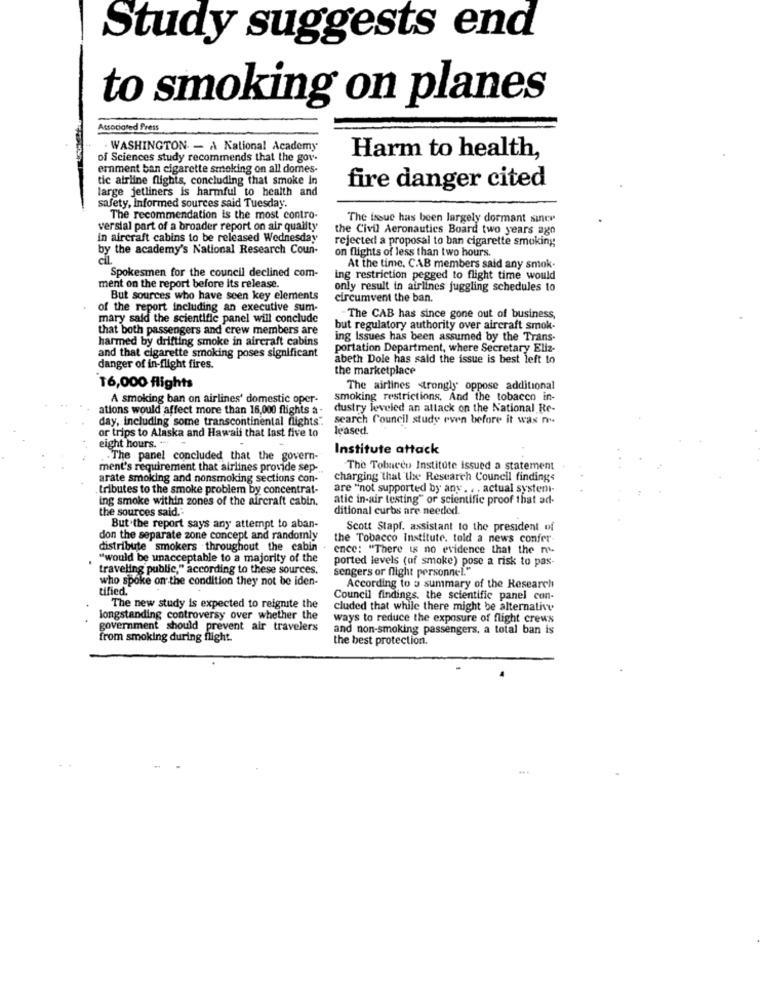
Study suggests end
to smoking on planes
Associated Press
- WASHINGTON - A National Academy
of Sciences study recommends that the gor-
Harm to health,
ernment ban cigarette smoking on all dornes-
tic airline flights, concluding that smoke in
large jetliners is harmful to health and
fire danger cited
safety, Informed sources said Tuesday.
The recommendation is the most contro-
The issue has been largely dormant since
versial part of a broader report on air quality
the Civil Aeronautics Board two years ago
in aircraft cabins to be released Wednesday
rejected a proposal to ban cigarette smoking
by the academy's National Research Coun-
on flights of less than two hours.
Spokesmen for the council declined com-
At the time, CAB members said any smok.
ing restriction pegged to flight time would
ment on the report before its release.
only result in airlines juggling schedules to
But sources who have seen key elements
circumvent the ban.
of the report including an executive sum-
mary said the scientific panel will conclude
-The CAB has since gone out of business,
that both passengers and crew members are
but regulatory authority over aircraft smok-
harmed by drifting smoke in aircraft cabins
ing Issues has been assumed by the Trans-
and that cigarette smoking poses significant
portation Department, where Secretary Eliz-
abeth Dole has sald the issue is best left to
danger of in-flight fires.
the marketplace
16,000 flights
The airlines strongly oppose additional
A smoking ban on airlines' domestic oper-
smoking restrictions, And the tobacen in-
ations would affect more than 16,000 flights a-
dustry leveled an attack on the National Re-
day, Including some transcontinental flights".
search Council study even before it was no
leased.
eight hours. ..
or trips to Alaska and Hawali that last five to
Institute attack
. . The panel concluded that the govern-
ment's requirement that airlines provide sep-
The Tobacco Institute issued a statement
arate smoking and nonsmoking sections con-
charging that the Research Council findings
tributes to the smoke problem by concentrat-
are "not supported by any . . . actual system-
ing smoke within zones of the aircraft cabin.
atic in-air testing" or scientific proof that ad-
the sources said."
ditional curbs are needed
But the report says any attempt to aban-
Scott Stapf. assistant to the president of
don the separate zone concept and randomly
the Tobacco Institute, told a news confer-
distribute smokers throughout the cabin .
ence: "There is no evidence that the m.
"would be unacceptable to a majority of the
ported levels (of smoke) pose a risk to pas-
traveling public," according to these sources.
sengers or flight personnel."
who spoke on the condition they not be iden-
tified.
According to a summary of the Research
Council findings. the scientific panel con-
The new study is expected to reignite the
cluded that while there might be alternative
longstanding controversy over whether the
ways to reduce the exposure of flight crews
government should prevent air travelers
and non-smoking passengers, a total ban is
from smoking during flight.
the best protection.